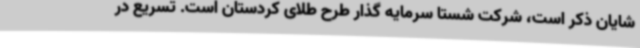
شایان ذکر است، شرکت شستا سرمایه گذار طرح طلای کردستان است. تسریع در